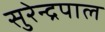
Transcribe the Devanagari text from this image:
सुरेन्द्रपाल